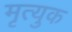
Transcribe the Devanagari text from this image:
मृत्युक